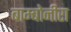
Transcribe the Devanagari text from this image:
बाम्बोनीरा